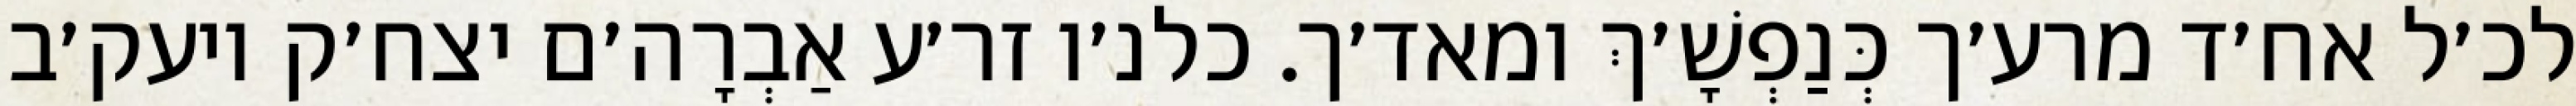
לכ׳ל אח׳ד מרע׳ך כְּנַפְשָׁ׳ךְ ומאד׳ך. כלנ׳ו זר׳ע אַבְרָה׳ם יצח׳ק ויעק׳ב